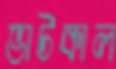
ভাটকাল